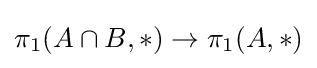
\pi _{1}(A\cap B,*)\to \pi _{1}(A,*)